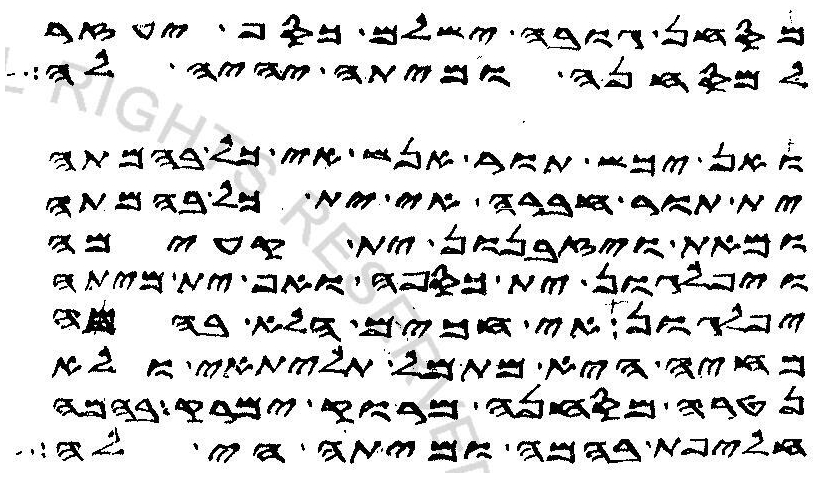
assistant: מסחן גובה ישלם כסף יעזר
למסחנה ומיתה יהיה לה
ואן יכש תור אנש אי כל בהמתה
ית תור חברה אי ית כל בהמתה
ומאת ויזבנון ית קעימה
ויפלגון ית כספה ואף ית מיתה
יפלגון אי חכים הלא בהמה
מחיה היא מתמל תליתאי ולא
נטרה מסחנה מרוק ימרק בהמה
חליפת בהמה ומיתה הי לה